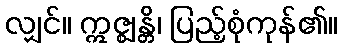
လျှင်။ ဣဇ္ဈန္တိ၊ ပြည့်စုံကုန်၏။